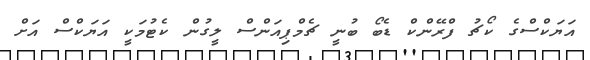
އަޔަކްސްގެ ކޯޗު ފްރޭންކް ޑެބޯ ބުނީ ޗެމްޕިއަންސް ލީގުން ކެޓުމަކީ އަޔަކްސް އަށް